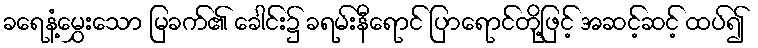
ခရေနံ့မွှေးသော မြခက်၏ ခေါင်း၌ ခရမ်းနီရောင် ပြာရောင်တို့ဖြင့် အဆင့်ဆင့် ထပ်၍